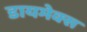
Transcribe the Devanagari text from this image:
डायमेक्स